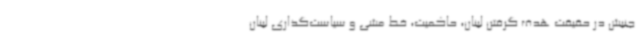
جنبش در حقیقت هدف گرفتن لبنان، حاکمیت، خط مشی و سیاست‌گذاری لبنان